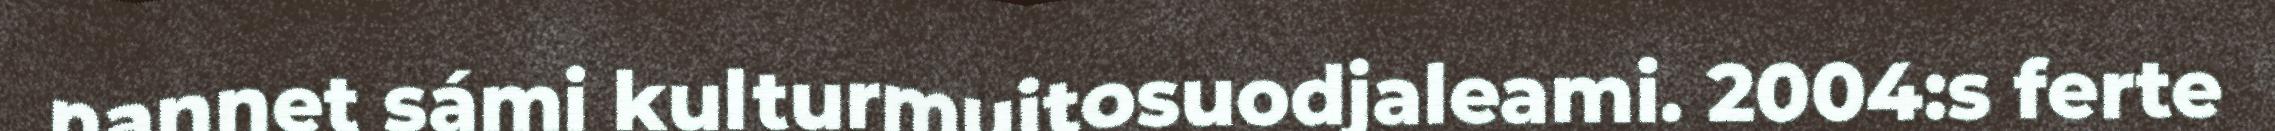
nannet sámi kulturmuitosuodjaleami. 2004:s ferte